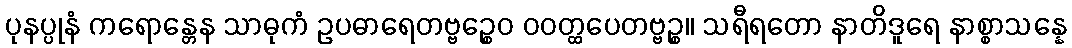
ပုနပ္ပုနံ ကရောန္တေန သာဓုကံ ဥပဓာရေတဗ္ဗဉ္စေဝ ဝဝတ္ထပေတဗ္ဗဉ္စ။ သရီရတော နာတိဒူရေ နာစ္စာသန္နေ